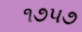
૧૭૫૭